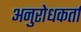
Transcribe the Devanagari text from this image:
अनुरोधकर्ता